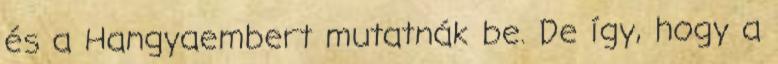
és a Hangyaembert mutatnák be. De így, hogy a